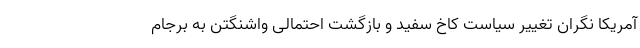
آمریکا نگران تغییر سیاست کاخ سفید و بازگشت احتمالی واشنگتن به برجام